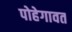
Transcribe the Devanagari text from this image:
पोहेगावत